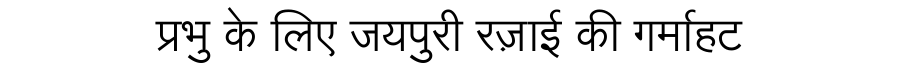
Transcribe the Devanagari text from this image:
प्रभु के लिए जयपुरी रज़ाई की गर्माहट